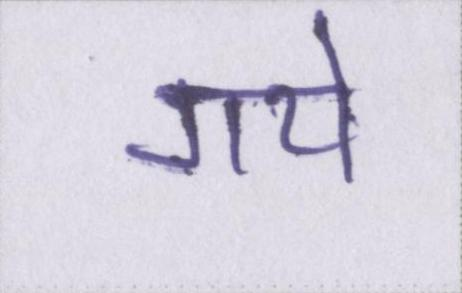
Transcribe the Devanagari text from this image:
गये